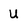
Character: U